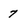
Character: 7